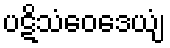
ပဋိသံဝေဒေယျံ